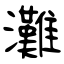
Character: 灘